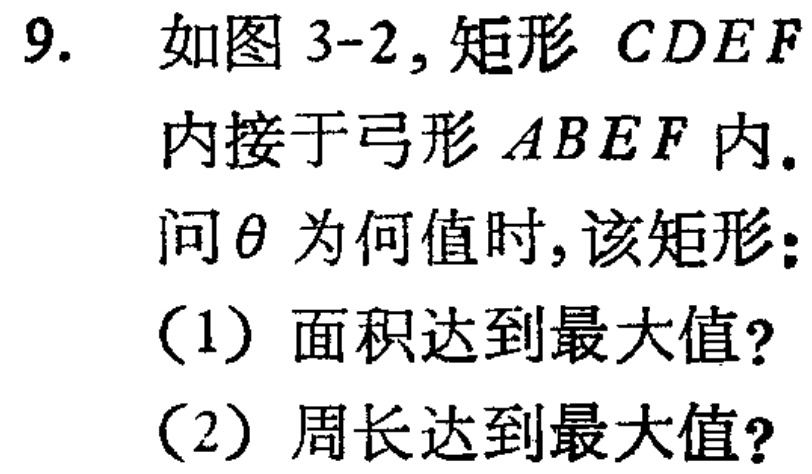
9. 如图 3-2, 矩形 \(CDEF\) 内接于弓形 \(ABEF\) 内.
问\(\theta\) 为何值时, 该矩形:
(1) 面积达到最大值?
(2) 周长达到最大值?